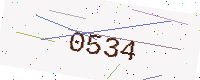
Text: 0534